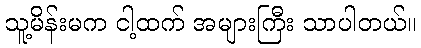
သူ့မိန်းမက ငါ့ထက် အများကြီး သာပါတယ်။